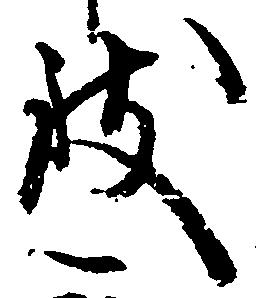
致